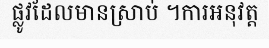
ផ្លូវដែលមានស្រាប់ ។ការអនុវត្ត